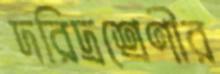
দরিদ্রশ্রেণীর